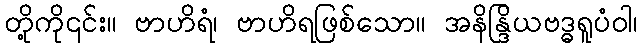
တို့ကို၎င်း။ ဗာဟိရံ၊ ဗာဟိရဖြစ်သော။ အနိန္ဒြိယဗဒ္ဓရူပံဝါ၊